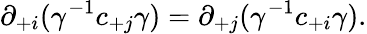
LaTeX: \partial_{+i}(\gamma^{-1}c_{+j}\gamma)=\partial_{+j}(\gamma^{-1}c_{+i}\gamma).